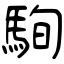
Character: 駨